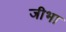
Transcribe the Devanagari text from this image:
जीभा